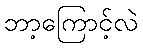
ဘာ့ကြောင့်လဲ